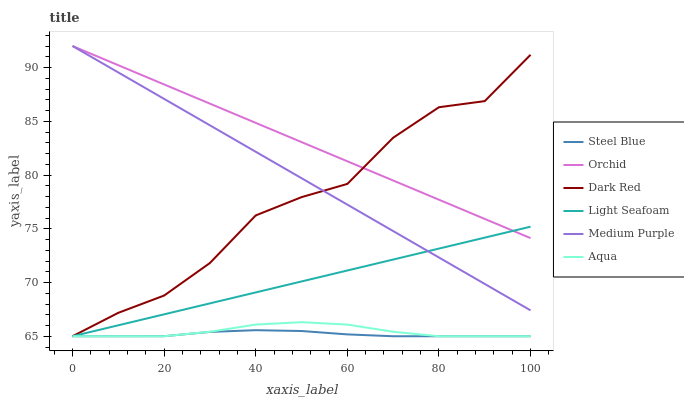
| xaxis_label | Steel Blue | Orchid | Dark Red | Light Seafoam | Medium Purple | Aqua |
 | --- | --- | --- | --- | --- | --- | --- |
 | 0 | 65 | 92 | 65 | 65 | 92 | 65 |
 | 10 | 65 | 90.2 | 67.2 | 66 | 89.5 | 65 |
 | 20 | 65 | 88.4 | 68.8 | 67 | 87.1 | 65 |
 | 30 | 65.4 | 86.6 | 71.8 | 68.1 | 84.6 | 65.4 |
 | 40 | 65.6 | 84.9 | 76.2 | 69.1 | 82.2 | 66.1 |
 | 50 | 65.5 | 83.1 | 77.9 | 70.1 | 79.7 | 66.3 |
 | 60 | 65.2 | 81.3 | 79.2 | 71.1 | 77.2 | 66.1 |
 | 70 | 65 | 79.5 | 83.5 | 72.1 | 74.8 | 65.4 |
 | 80 | 65 | 77.7 | 86.3 | 73.2 | 72.3 | 65 |
 | 90 | 65 | 75.9 | 86.9 | 74.2 | 69.9 | 65 |
 | 100 | 65 | 74.1 | 91.2 | 75.2 | 67.4 | 65 |